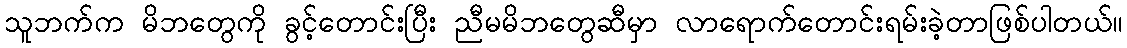
သူဘက်က မိဘတွေကို ခွင့်တောင်းပြီး ညီမမိဘတွေဆီမှာ လာရောက်တောင်းရမ်းခဲ့တာဖြစ်ပါတယ်။